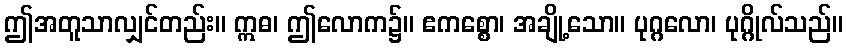
ဤအတူသာလျှင်တည်း။ ဣဓ၊ ဤလောက၌။ ဧကစ္စော၊ အချို့သော။ ပုဂ္ဂလော၊ ပုဂ္ဂိုလ်သည်။